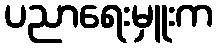
ပညာရေးမှူးက